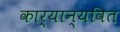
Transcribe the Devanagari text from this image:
कार्यान्यवित